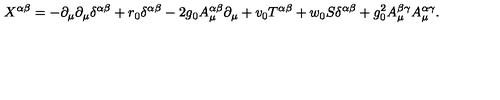
X ^ { \alpha \beta } = - \partial _ { \mu } \partial _ { \mu } \delta ^ { \alpha \beta } + r _ { 0 } \delta ^ { \alpha \beta } - 2 g _ { 0 } A _ { \mu } ^ { \alpha \beta } \partial _ { \mu } + v _ { 0 } T ^ { \alpha \beta } + w _ { 0 } S \delta ^ { \alpha \beta } + g _ { 0 } ^ { 2 } A _ { \mu } ^ { \beta \gamma } A _ { \mu } ^ { \alpha \gamma } .